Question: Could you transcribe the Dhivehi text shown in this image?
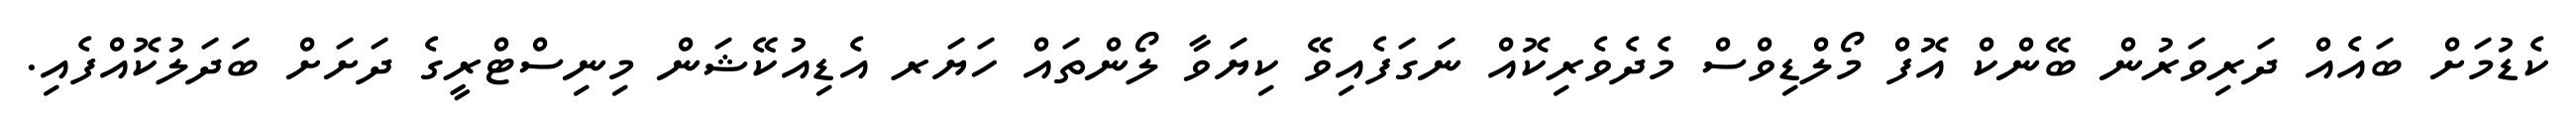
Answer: ކެޑުމަށް ބައެއް ދަރިވަރުން ބޭންކް އޮފް މޯލްޑިވްސް މެދެވެރިކޮއް ނަގަފެއިވޭ ކިޔަވާ ލޯންތައް ހަޔަރ އެޑިއުކޭޝަން މިނިސްޓްރީގެ ދަށަށް ބަދަލުކޮއްފެއި.